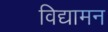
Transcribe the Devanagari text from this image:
विद्यामन